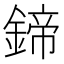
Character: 鍗